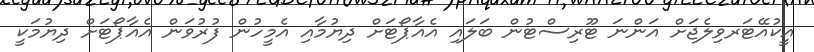
އީކުއޭޓަރވިލެޖަށް އަންނަ ޓޫރިސްޓުން ބަލައި އެއާޕޯޓަށް ދިޔުމާއި އެމީހުން ފުރުވަން އެއާޕޯޓަށް ދިޔުމަކީ